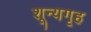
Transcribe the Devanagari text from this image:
शून्यगृह